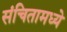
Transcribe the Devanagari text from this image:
संचितामध्ये